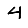
Digit: 4